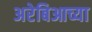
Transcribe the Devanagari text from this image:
अरेबिआच्या